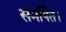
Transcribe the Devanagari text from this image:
समर्पित।